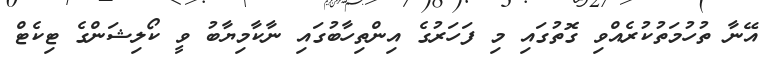
އޭނާ ތުހުމަތުކުރެއްވި ގޮތުގައި މި ފަހަރުގެ އިންތިހާބުގައި ނާކާމިޔާބު ވީ ކޯލިޝަންގެ ޓިކެޓް